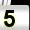
Digit: 5